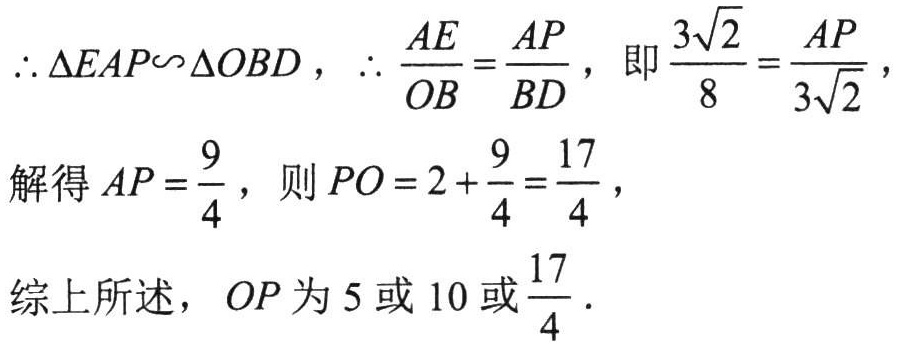
\(\therefore \triangle EAP\backsim \triangle OBD ,\  \therefore \frac{AE}{OB}=\frac{AP}{BD},\ 即\frac{3\sqrt{2}}{8}=\frac{AP}{3\sqrt{2}},\)
解得\(AP = \frac{9}{4},\ 则PO = 2+\frac{9}{4}=\frac{17}{4},\)
综上所述，\(OP\)为\(5\)或\(10\)或\(\frac{17}{4}\).